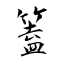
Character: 篕